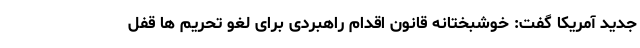
جدید آمریکا گفت: خوشبختانه قانون اقدام راهبردی برای لغو تحریم ها قفل